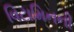
વિટામિનની